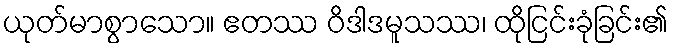
ယုတ်မာစွာသော။ ဧတဿ ဝိဒါဒမူသဿ၊ ထိုငြင်းခုံခြင်း၏